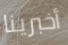
أخبرينا